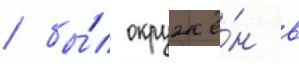
/ бы́л окружё́н в